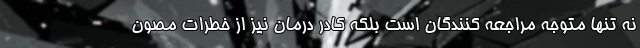
نه تنها متوجه مراجعه کنندگان است بلکه کادر درمان نیز از خطرات مصون